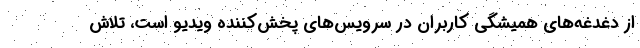
از دغدغه‌های همیشگی کاربران در سرویس‌های پخش‌‌کننده ویدیو است، تلاش